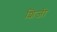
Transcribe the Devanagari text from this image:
शिजी